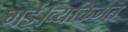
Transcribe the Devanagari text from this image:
गई।व्यक्तिगत